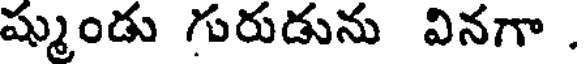
ష్ముండు గురుడును వినగా .